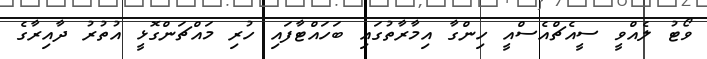
ވޯޓު ލެއްވީ ސީއެޗްއެސްއީ ހިންގާ އިމާރާތުގައި ބަހައްޓާފައި ހުރި މައްޗަންގޮޅީ އުތުރު ދާއިރާގެ